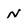
Character: N